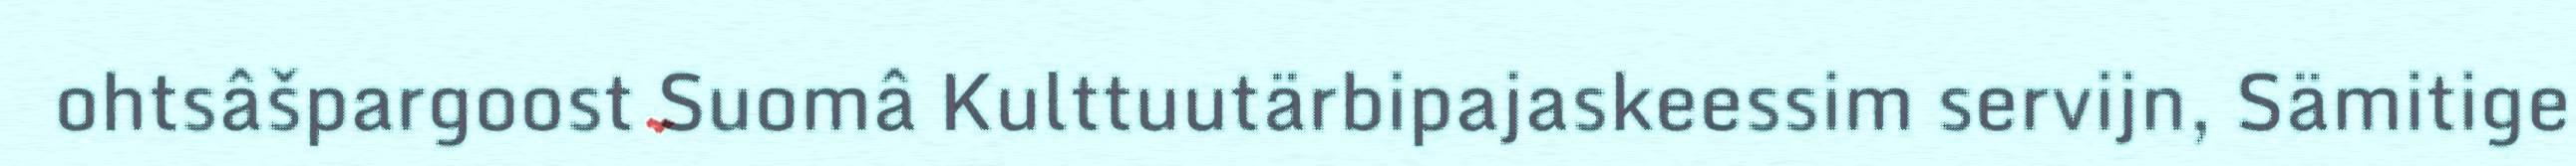
ohtsâšpargoost Suomâ Kulttuutärbipajaskeessim servijn, Sämitige